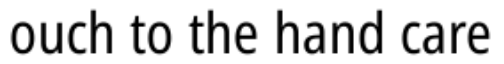
ouch to the hand care